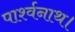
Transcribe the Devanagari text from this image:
पार्श्वनाथ।